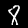
Digit: 8